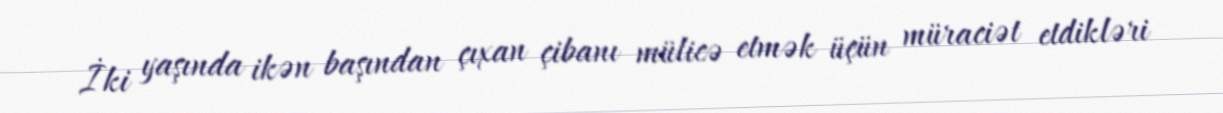
İki yaşında ikən başından çıxan çibanı mülicə etmək üçün müraciət etdikləri